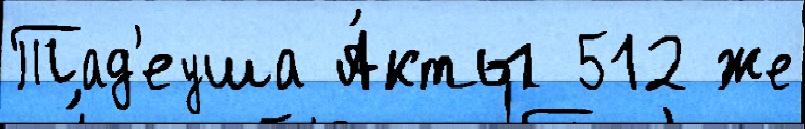
Тад'еуша А́кты 512 же